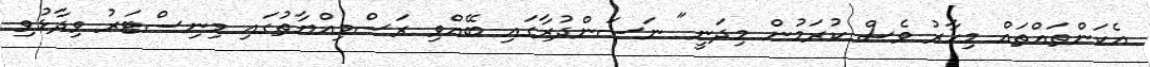
އެކަންތައްތައް މިހާރު ވެސް ކުރަމުން މިދަނީ" ނަސަންދުރާގައި ބޭއްވި ރަސްމިއްޔާތުގައި މިނިސްޓަރު ވިދާޅުވި